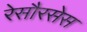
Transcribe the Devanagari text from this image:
रेसौरसेस